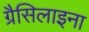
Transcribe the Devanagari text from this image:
ग्रैसिलाइना